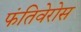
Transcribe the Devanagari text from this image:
फंतिवेरोस